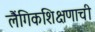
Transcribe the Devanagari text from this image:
लैंगिकशिक्षणाची